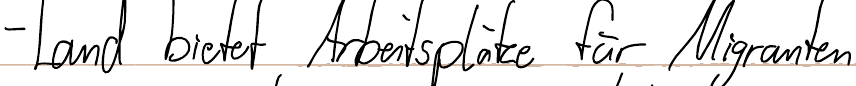
- Land bietet Arbeitsplätze für Migranten